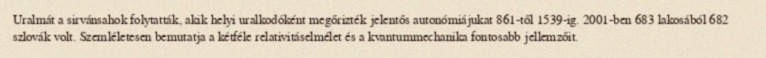
Uralmát a sirvánsahok folytatták, akik helyi uralkodóként megőrizték jelentős autonómiájukat 861-től 1539-ig. 2001-ben 683 lakosából 682 szlovák volt. Szemléletesen bemutatja a kétféle relativitáselmélet és a kvantummechanika fontosabb jellemzőit.